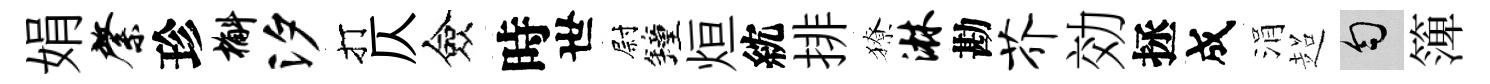
娟綮珍槲汐打仄僉時世尉鐘烜紞排獠淋勘芥効拯成涓超匀𥱼